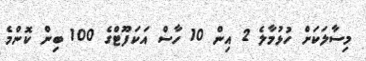
މިސާލަކަށް ހުޅުމާލެ 2 އިން 10 ހާސް އަކަފޫޓްގެ 100 ބިން ކޮންމެ